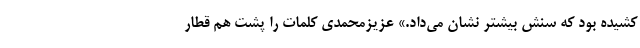
کشیده‌ بود که سنش بیشتر نشان می‌داد.» عزیزمحمدی کلمات را پشت هم قطار